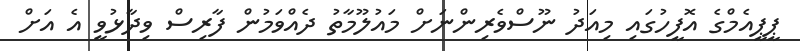
ޕީޕީއެމްގެ އޮފީހުގައި މިއަދު ނޫސްވެރިންނަށް މައުލޫމާތު ދެއްވަމުން ފާރިސް ވިދާޅުވީ އެ އަށް